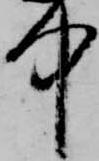
中